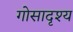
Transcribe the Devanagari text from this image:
गोसादृश्य